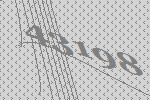
43198